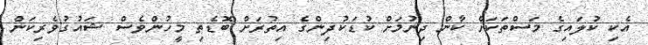
އެކި ކުލައިގެ މަސްތަކަށް ކާން ދިނުމަށް ކުޑަކުދިންގެ އިތުރަށް ބޮޑެތި މީހުންވެސް ޝައުގުވެރިކަން